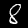
Digit: 8